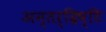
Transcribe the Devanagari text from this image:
अन्तर्द्रिष्टि